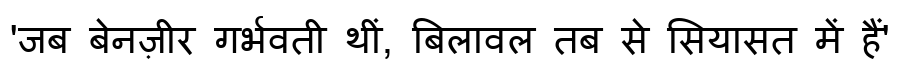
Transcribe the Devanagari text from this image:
'जब बेनज़ीर गर्भवती थीं, बिलावल तब से सियासत में हैं'